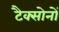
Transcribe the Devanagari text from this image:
टैक्सोनों